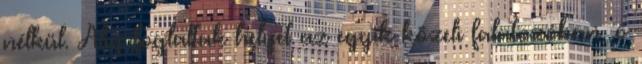
nélkül. Alig foglaltak helyet az egyik közeli falatozóban, ő